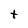
Character: t